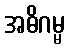
အဓိဂမ္မ